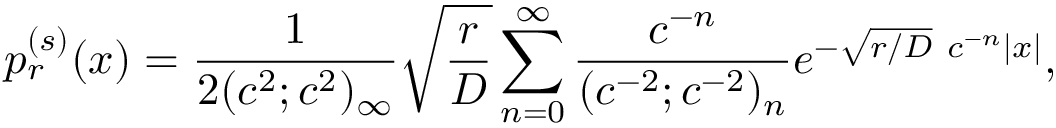
p _ { r } ^ { ( s ) } ( x ) = \frac { 1 } { 2 ( c ^ { 2 } ; c ^ { 2 } ) _ { \infty } } \sqrt { \frac { r } { D } } \sum _ { n = 0 } ^ { \infty } \frac { c ^ { - n } } { ( c ^ { - 2 } ; c ^ { - 2 } ) _ { n } } e ^ { - \sqrt { r / D } \ c ^ { - n } | x | } ,